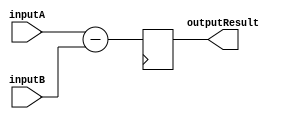
module FixedPointSubtractor (
    input [15:0] inputA,
    input [15:0] inputB,
    output reg [15:0] outputResult
);

reg [15:0] tempResult;

// Subtractor module
always @(*) begin
    tempResult = inputA - inputB;
end

// Output register
always @(posedge clk) begin
    outputResult <= tempResult;
end

endmodule